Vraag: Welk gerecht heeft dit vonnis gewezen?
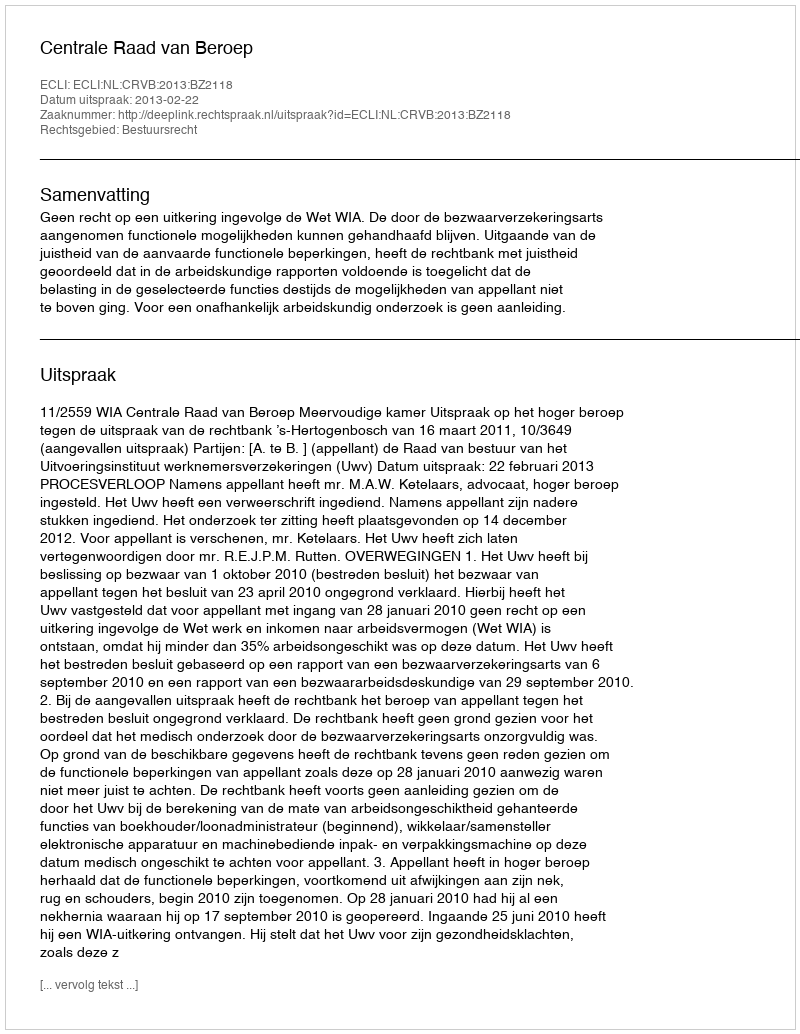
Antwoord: Centrale Raad van Beroep